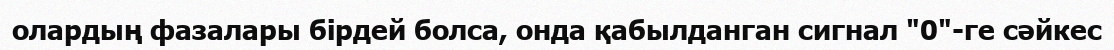
олардың фазалары бірдей болса, онда қабылданган сигнал "0"-ге сәйкес